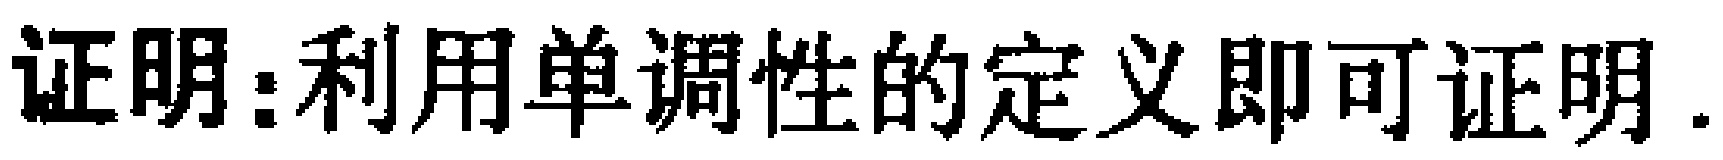
证明：利用单调性的定义即可证明.